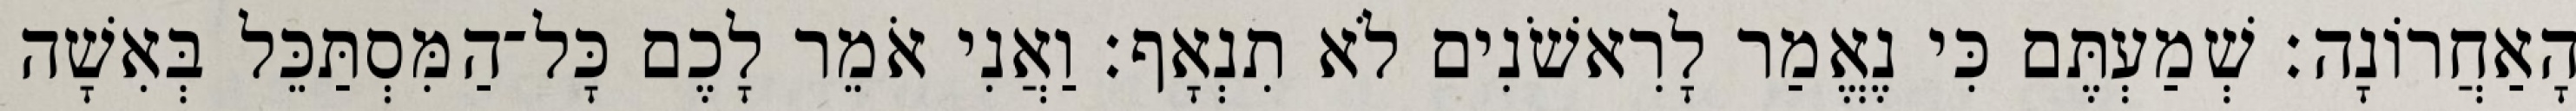
הָאַחֲרוֹנָה׃ שְׁמַעְתֶּם כִּי נֶאֱמַר לָרִאשֹׁנִים לֹא תִנְאָף׃ וַאֲנִי אֹמֵר לָכֶם כָּל־הַמִּסְתַּכֵּל בְּאִשָׁה